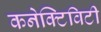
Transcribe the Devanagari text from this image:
कनेक्‍टिविटी